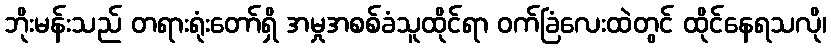
ဘိုးမန်းသည် တရားရုံးတော်ရှိ အမှုအစစ်ခံသူထိုင်ရာ ဝက်ခြံလေးထဲတွင် ထိုင်နေရသလို၊